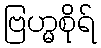
ဗြဟ္မစိုရ်